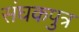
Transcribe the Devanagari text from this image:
संघकपुत्र